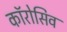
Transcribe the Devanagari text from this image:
कॉरोसिव